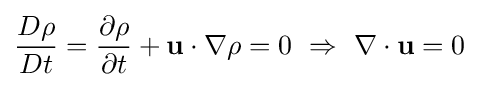
{\frac {D\rho }{Dt}}={\frac {\partial \rho }{\partial t}}+\mathbf {u} \cdot \nabla \rho =0\ \Rightarrow \ \nabla \cdot \mathbf {u} =0